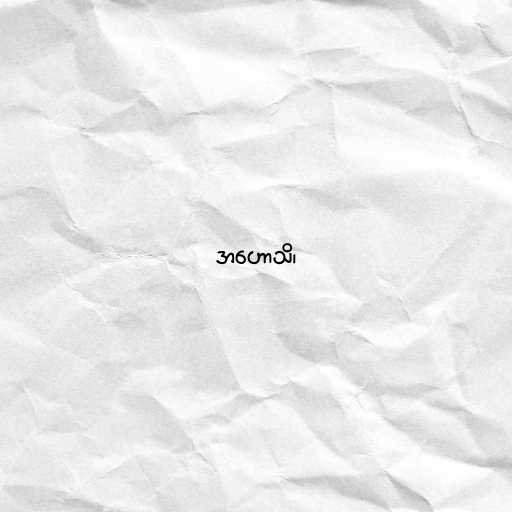
အဟောသိ၊